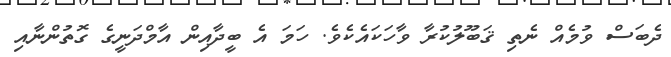
ދެބަސް ވުމެއް ނެތި ޤަބޫލުކުރާ ވާހަކައެކެވެ. ހަމަ އެ ބީދާއިން އާމްދަނީގެ ގޮތުންނާއި